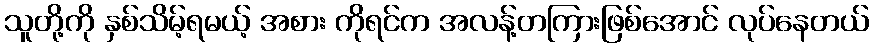
သူတို့ကို နှစ်သိမ့်ရမယ့် အစား ကိုရင်က အလန့်တကြားဖြစ်အောင် လုပ်နေတယ်